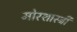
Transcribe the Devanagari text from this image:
मोरशास्त्री